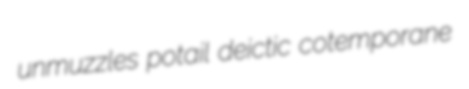
unmuzzles potail deictic cotemporane